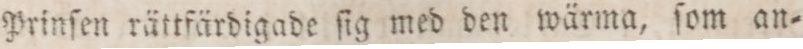
Prinſen rättfärdigade ſig med den wärma, ſom an=